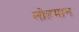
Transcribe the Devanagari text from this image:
लोहमान